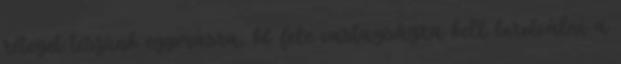
réteget teszünk egymásra, kb fele vastagságra kell borotválni a